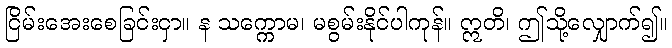
ငြိမ်းအေးစေခြင်းငှာ။ န သက္ကောမ၊ မစွမ်းနိုင်ပါကုန်။ ဣတိ၊ ဤသို့လျှောက်၍။